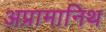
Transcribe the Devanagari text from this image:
अप्रामानिथ